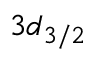
3 d _ { 3 / 2 }